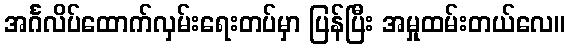
အင်္ဂလိပ်ထောက်လှမ်းရေးတပ်မှာ ပြန်ပြီး အမှုထမ်းတယ်လေ။